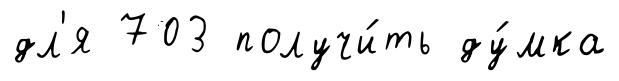
дл'я 703 получи́ть ду́мка